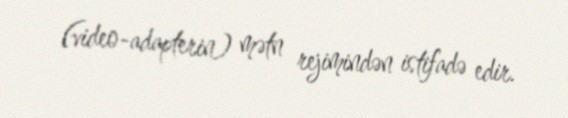
(video-adapterin) mətn rejimindən istifadə edir.